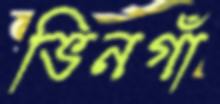
ভিনগাঁ